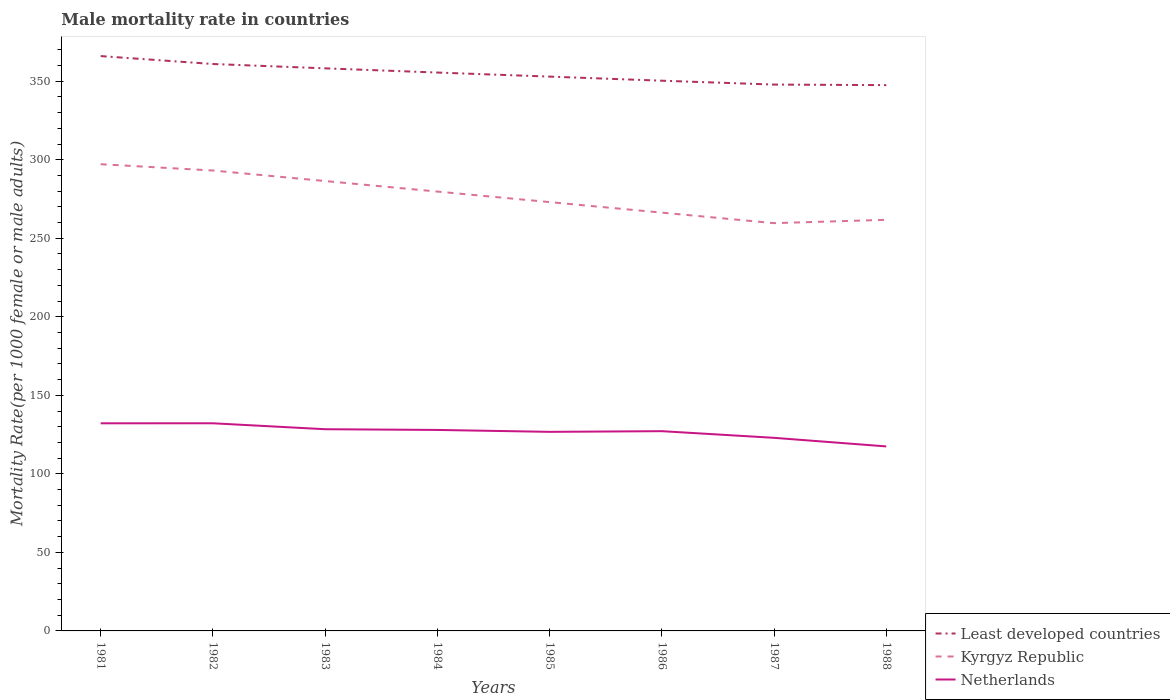
| Years | Least developed countries | Kyrgyz Republic | Netherlands |
 | --- | --- | --- | --- |
 | 1981 | 366 | 297 | 132 |
 | 1982 | 361 | 293 | 132 |
 | 1983 | 358 | 286 | 128 |
 | 1984 | 356 | 280 | 128 |
 | 1985 | 353 | 273 | 127 |
 | 1986 | 350 | 266 | 127 |
 | 1987 | 348 | 260 | 123 |
 | 1988 | 348 | 262 | 117 |